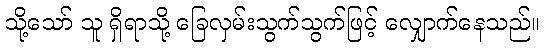
သို့သော် သူ ရှိရာသို့ ခြေလှမ်းသွက်သွက်ဖြင့် လျှောက်နေသည်။